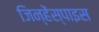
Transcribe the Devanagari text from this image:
जिन्हेंस्पाइस